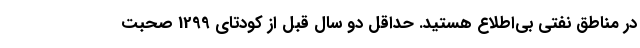
در مناطق نفتی بی‌اطلاع هستید. حداقل دو سال قبل از کودتای 1299 صحبت